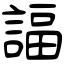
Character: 諨